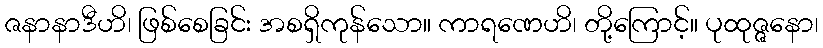
ဇနာနာဒီဟိ၊ ဖြစ်စေခြင်း အစရှိကုန်သော။ ကာရဏေဟိ၊ တို့ကြောင့်။ ပုထုဇ္ဇနော၊